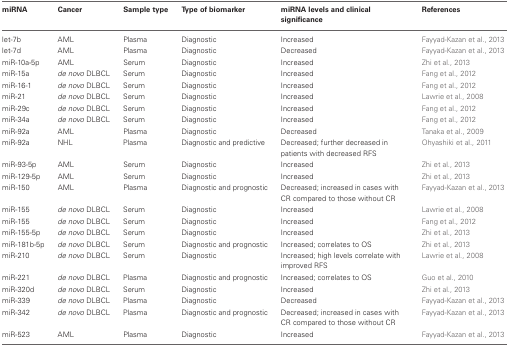
<table><thead><tr><td><b>miRNA</b></td><td><b>Cancer</b></td><td><b>Sample type</b></td><td><b>Type of biomarker</b></td><td><b>miRNA levels and clinical significance</b></td><td><b>References</b></td></tr></thead><tbody><tr><td>let-7b</td><td>AML</td><td>Plasma</td><td>Diagnostic</td><td>Increased</td><td>Fayyad-Kazan et al., 2013</td></tr><tr><td>let-7d</td><td>AML</td><td>Plasma</td><td>Diagnostic</td><td>Decreased</td><td>Fayyad-Kazan et al., 2013</td></tr><tr><td>miR-10a-5p</td><td>AML</td><td>Serum</td><td>Diagnostic</td><td>Increased</td><td>Zhi et al., 2013</td></tr><tr><td>miR-15a</td><td><i>de novo</i> DLBCL</td><td>Serum</td><td>Diagnostic</td><td>Increased</td><td>Fang et al., 2012</td></tr><tr><td>miR-16-1</td><td><i>de novo</i> DLBCL</td><td>Serum</td><td>Diagnostic</td><td>Increased</td><td>Fang et al., 2012</td></tr><tr><td>miR-21</td><td><i>de novo</i> DLBCL</td><td>Serum</td><td>Diagnostic</td><td>Increased</td><td>Lawrie et al., 2008</td></tr><tr><td>miR-29c</td><td><i>de novo</i> DLBCL</td><td>Serum</td><td>Diagnostic</td><td>Increased</td><td>Fang et al., 2012</td></tr><tr><td>miR-34a</td><td><i>de novo</i> DLBCL</td><td>Serum</td><td>Diagnostic</td><td>Increased</td><td>Fang et al., 2012</td></tr><tr><td>miR-92a</td><td>AML</td><td>Plasma</td><td>Diagnostic</td><td>Decreased</td><td>Tanaka et al., 2009</td></tr><tr><td>miR-92a</td><td>NHL</td><td>Plasma</td><td>Diagnostic and predictive</td><td>Decreased; further decreased in patients with decreased RFS</td><td>Ohyashiki et al., 2011</td></tr><tr><td>miR-93-5p</td><td>AML</td><td>Serum</td><td>Diagnostic</td><td>Increased</td><td>Zhi et al., 2013</td></tr><tr><td>miR-129-5p</td><td>AML</td><td>Serum</td><td>Diagnostic</td><td>Increased</td><td>Zhi et al., 2013</td></tr><tr><td>miR-150</td><td>AML</td><td>Plasma</td><td>Diagnostic and prognostic</td><td>Decreased; increased in cases with CR compared to those without CR</td><td>Fayyad-Kazan et al., 2013</td></tr><tr><td>miR-155</td><td><i>de novo</i> DLBCL</td><td>Serum</td><td>Diagnostic</td><td>Increased</td><td>Lawrie et al., 2008</td></tr><tr><td>miR-155</td><td><i>de novo</i> DLBCL</td><td>Serum</td><td>Diagnostic</td><td>Increased</td><td>Fang et al., 2012</td></tr><tr><td>miR-155-5p</td><td><i>de novo</i> DLBCL</td><td>Serum</td><td>Diagnostic</td><td>Increased</td><td>Zhi et al., 2013</td></tr><tr><td>miR-181b-5p</td><td><i>de novo</i> DLBCL</td><td>Serum</td><td>Diagnostic and prognostic</td><td>Increased; correlates to OS</td><td>Zhi et al., 2013</td></tr><tr><td>miR-210</td><td><i>de novo</i> DLBCL</td><td>Serum</td><td>Diagnostic</td><td>Increased; high levels correlate with improved RFS</td><td>Lawrie et al., 2008</td></tr><tr><td>miR-221</td><td><i>de novo</i> DLBCL</td><td>Plasma</td><td>Diagnostic and prognostic</td><td>Increased; correlates to OS</td><td>Guo et al., 2010</td></tr><tr><td>miR-320d</td><td><i>de novo</i> DLBCL</td><td>Serum</td><td>Diagnostic</td><td>Increased</td><td>Zhi et al., 2013</td></tr><tr><td>miR-339</td><td><i>de novo</i> DLBCL</td><td>Plasma</td><td>Diagnostic</td><td>Decreased</td><td>Fayyad-Kazan et al., 2013</td></tr><tr><td>miR-342</td><td><i>de novo</i> DLBCL</td><td>Plasma</td><td>Diagnostic and prognostic</td><td>Decreased; increased in cases with CR compared to those without CR</td><td>Fayyad-Kazan et al., 2013</td></tr><tr><td>miR-523</td><td>AML</td><td>Plasma</td><td>Diagnostic</td><td>Increased</td><td>Fayyad-Kazan et al., 2013</td></tr></tbody></table>